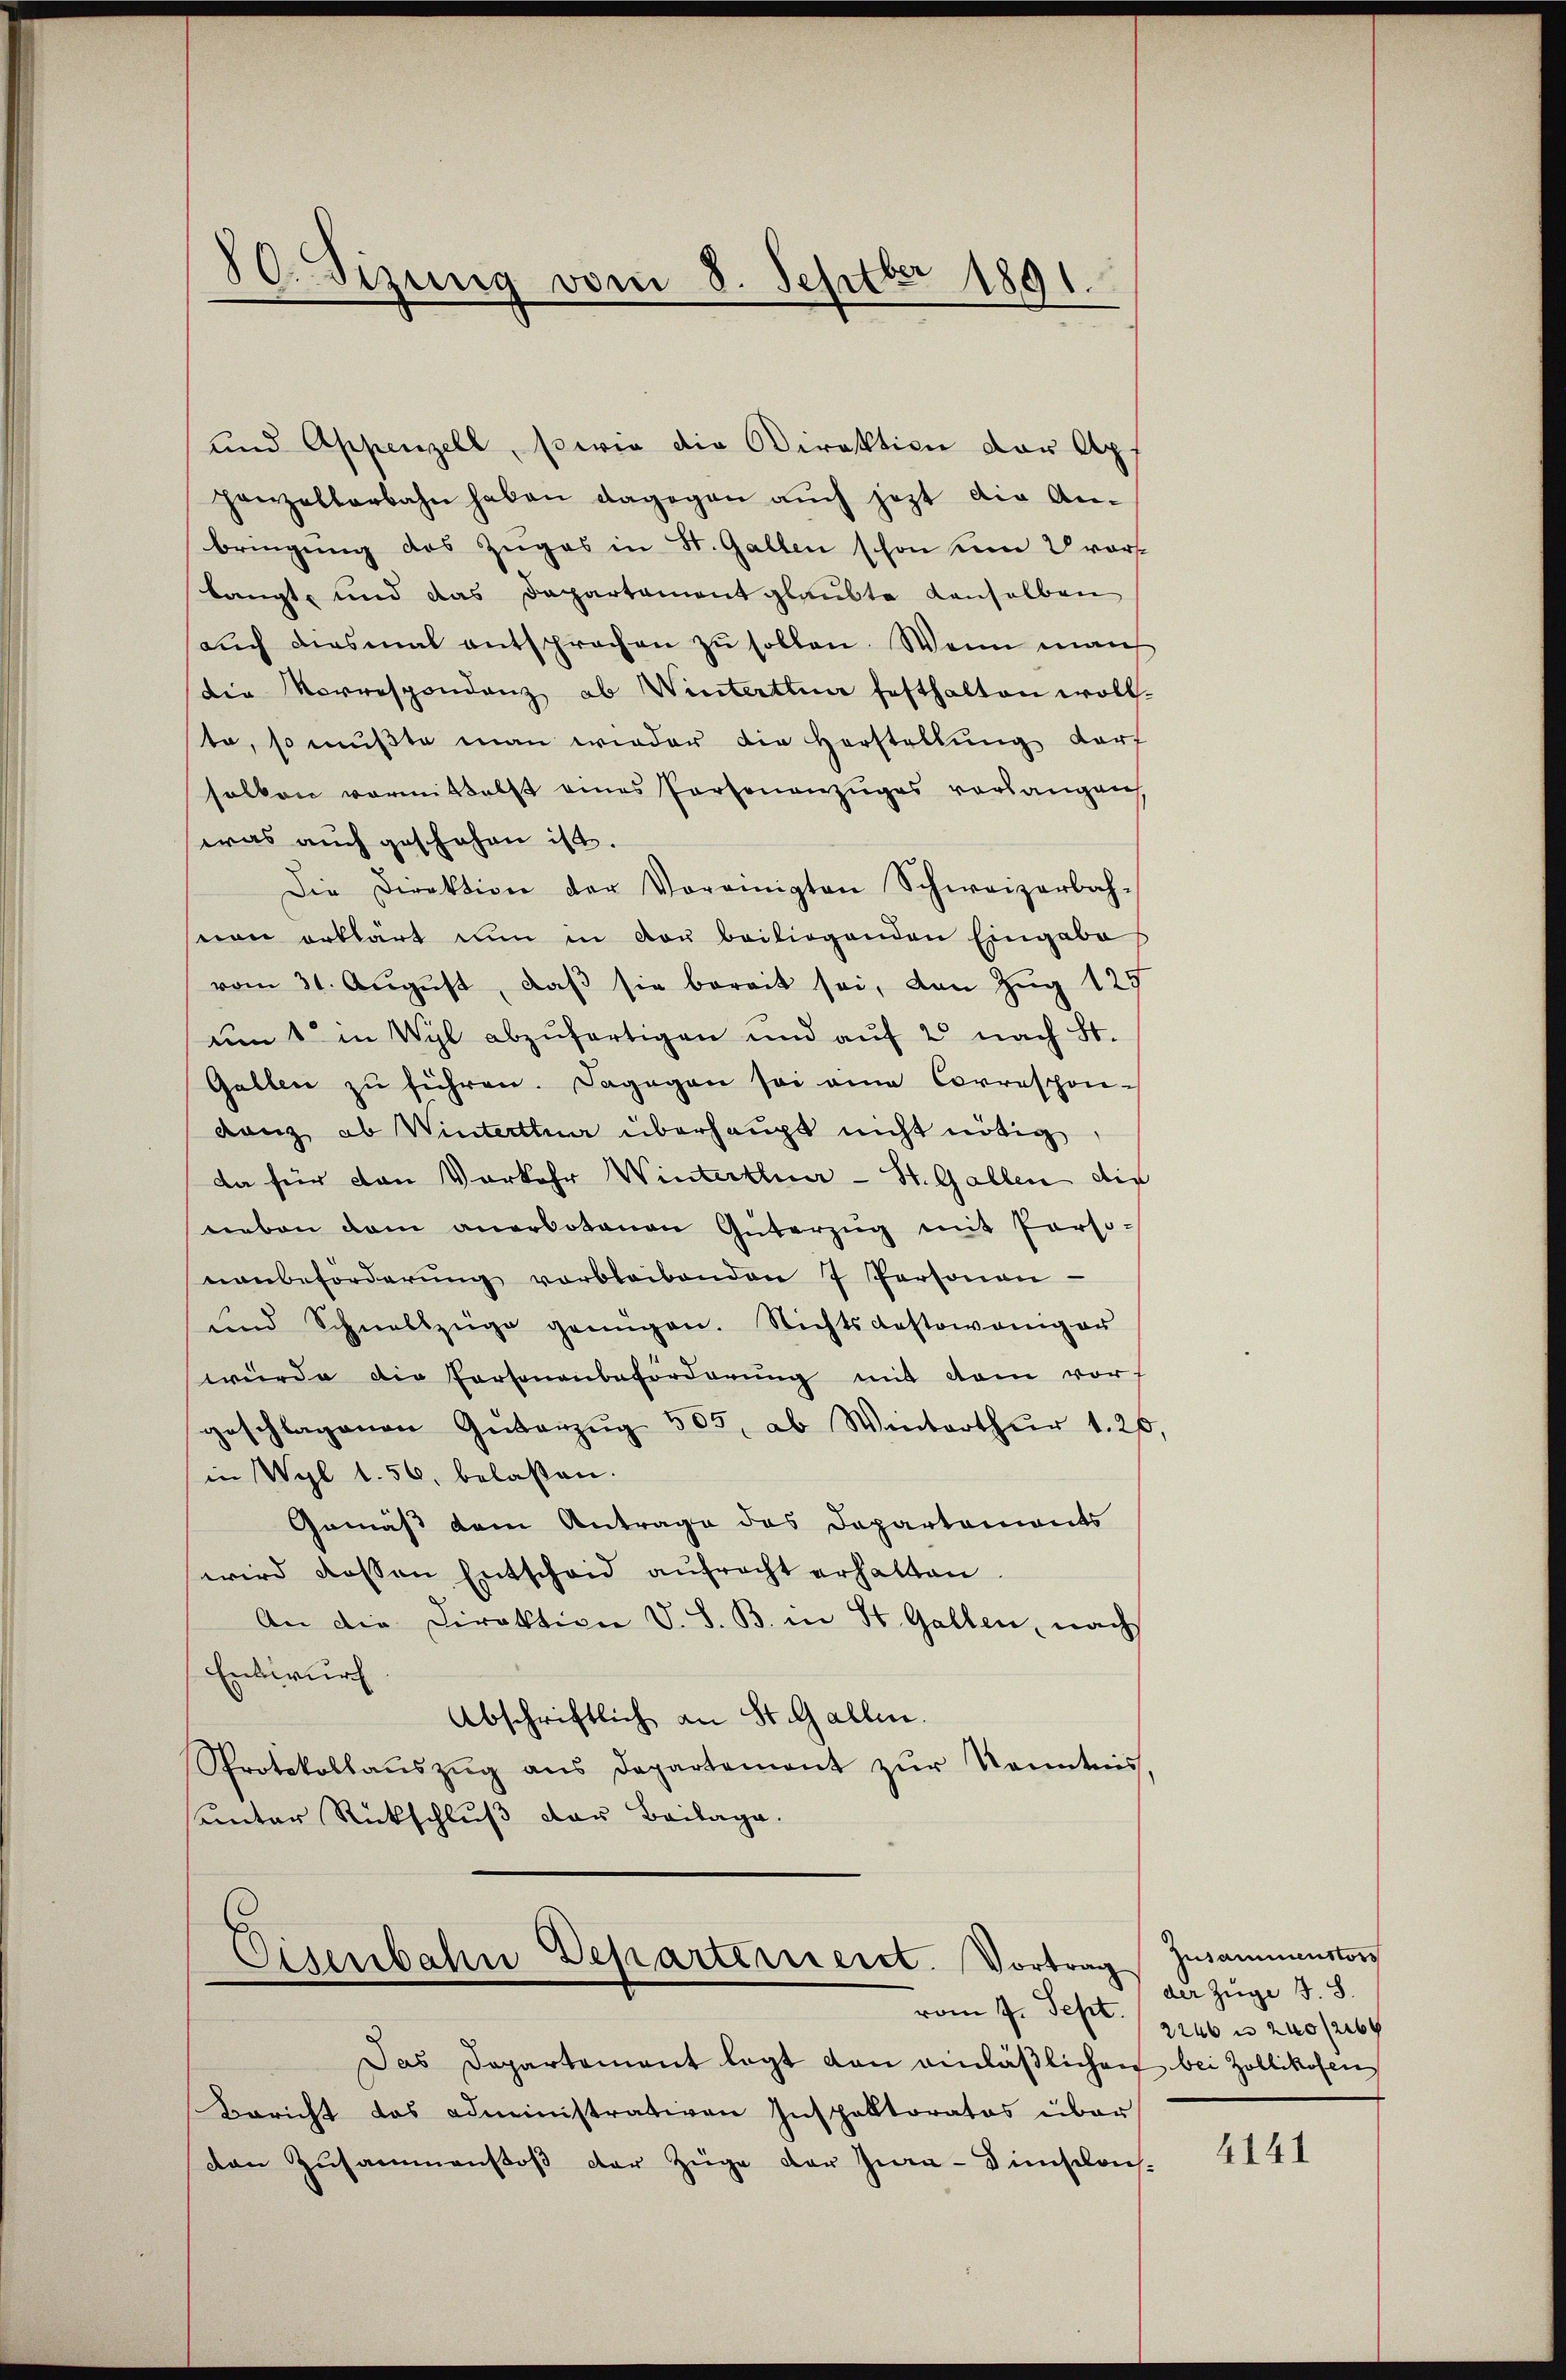
und Appenzell, sowie die Direktion der Apf
panzellerbahn haben dagegen aŭch jezt die An-
bringung des Zuges in St. Gallen schon kein vorlangt, und das Departament glaubte denselben
aŭch diesmal entsprochen zŭ sollen. Wenn man
die Vorrespondenz ab Winterthur festhalten woll.
te, so mußte man wieder die Horstellŭng darf
salben vormittelst eines Portenanzuges vorlangen,
was auch geschehen ist.
Die Direktion der Voreinigten Schweizerbach-
von erklärt nun in von beiliegenden Eingabe
vom 31. Aŭgŭst, daβ sie bereit sei, den Zug 125
um 1 in Wyl abzufertigen und auf 2 nach St.
Gallen zŭ führen. Dagegen sei eine Correspon-
danz ab Winterthur überhaupt nicht nötig
da für den Vorkehr Winterthur - St. Gallen die
neben dem anerbotenen Güterzŭg mit Perso-
nanbeforderŭng verbleibenden 7 Personen
und Schnellzüge genügen. Nichtsdestoweniger
würde die Personenbeforderung mit dem vor
geschlagenen Güterzŭg 555, ab Winterthur 1. 26
in Wyl 1. 56, belassen.
Gemäß dem Antrage des Departements
wird dessen Entscheid aŭfracht erhalten.
An die Direktion V. S. B. in St. Gallen, nach
Entwurf.
Abschriftlich an St. Gallen.
Protokollaŭszŭg ans Departement zŭr Kenntnis,
unter Rückschluß der Beilage.

80. Sizung vom 8. Septbr 1891.

Eisenbahn Departeriert. Vortrag

Das Departement legt von einläßlichen bei Zollikofen
Bericht das administrativen Inspektoratos über
den Zusammenstoß der Züge der Jura-Disloch-

Jusammenstors
der Züge J. S.
vom 7. Sept. 12246 in zuo farbe

4141